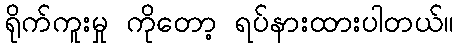
ရိုက်ကူးမှု ကိုတော့ ရပ်နားထားပါတယ်။